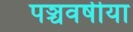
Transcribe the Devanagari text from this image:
पञ्चवर्षीया